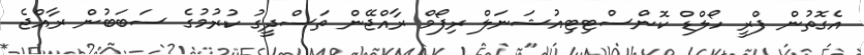
އެގޮތުން ފްރީ ހޯލްޑް ކޮންސްޓިޓިއުޝަނަލް ރިފޯމް ރާއްޖޭން ތަސްދީގު ކުރުމުގެ ސަބަބުން ރާއްޖެ